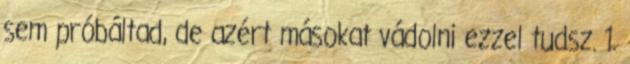
sem próbáltad, de azért másokat vádolni ezzel tudsz. 1.